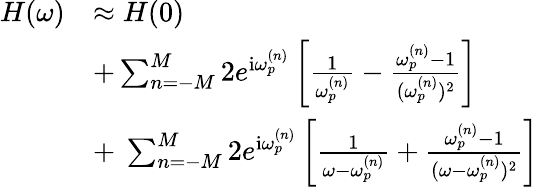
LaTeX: \begin{array}{r}{\begin{array}{rl}{H(\omega)}&{\approx H(0)}\\ &{+\sum_{n=-M}^{M}2e^{\mathrm{i}\omega_{p}^{(n)}}\left[\frac{1}{\omega_{p}^{(n)}}-\frac{\omega_{p}^{(n)}-1}{(\omega_{p}^{(n)})^{2}}\right]}\\ &{+~\sum_{n=-M}^{M}2e^{\mathrm{i}\omega_{p}^{(n)}}\left[\frac{1}{\omega-\omega_{p}^{(n)}}+\frac{\omega_{p}^{(n)}-1}{(\omega-\omega_{p}^{(n)})^{2}}\right]}\end{array}}\end{array}